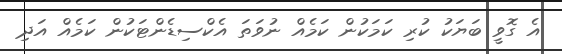
އެ ގޮވީ ބަޔަކު ކުރި ކަމަކުން ކަމެއް ނުވަތަ އެކްސިޑެންޓަކުން ކަމެއް އަދި